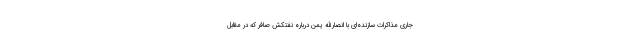
جاری مذاکرات سازنده‌ای با انصارالله یمن درباره نفتکش صافر که در مقابل